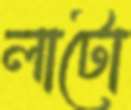
লাটো